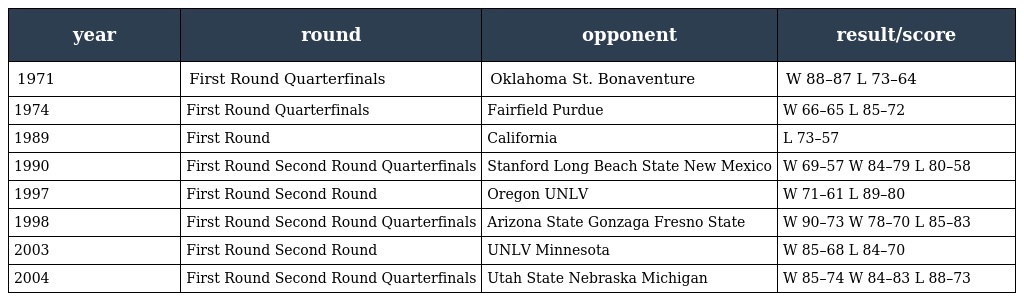
| year | round | opponent | result/score |
 | --- | --- | --- | --- |
 | 1971 | First Round Quarterfinals | Oklahoma St. Bonaventure | W 88–87 L 73–64 |
 | 1974 | First Round Quarterfinals | Fairfield Purdue | W 66–65 L 85–72 |
 | 1989 | First Round | California | L 73–57 |
 | 1990 | First Round Second Round Quarterfinals | Stanford Long Beach State New Mexico | W 69–57 W 84–79 L 80–58 |
 | 1997 | First Round Second Round | Oregon UNLV | W 71–61 L 89–80 |
 | 1998 | First Round Second Round Quarterfinals | Arizona State Gonzaga Fresno State | W 90–73 W 78–70 L 85–83 |
 | 2003 | First Round Second Round | UNLV Minnesota | W 85–68 L 84–70 |
 | 2004 | First Round Second Round Quarterfinals | Utah State Nebraska Michigan | W 85–74 W 84–83 L 88–73 |